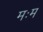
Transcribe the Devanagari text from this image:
मःम